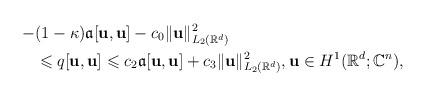
LaTeX: \begin{align*}-&(1-\kappa )\mathfrak{a}[\mathbf{u},\mathbf{u}] -c_0\Vert \mathbf{u}\Vert ^2_{L_2(\mathbb{R}^d)}\\&\leqslant q[\mathbf{u},\mathbf{u}]\leqslant c_2 \mathfrak{a}[\mathbf{u},\mathbf{u}]+c_3\Vert \mathbf{u}\Vert ^2_{L_2(\mathbb{R}^d)},\mathbf{u}\in H^1(\mathbb{R}^d;\mathbb{C}^n),\end{align*}